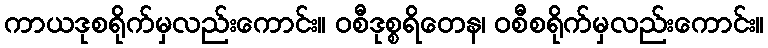
ကာယဒုစရိုက်မှလည်းကောင်း။ ဝစီဒုစ္စရိတေန၊ ဝစီစရိုက်မှလည်းကောင်း။